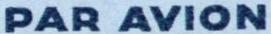
PAR AVION